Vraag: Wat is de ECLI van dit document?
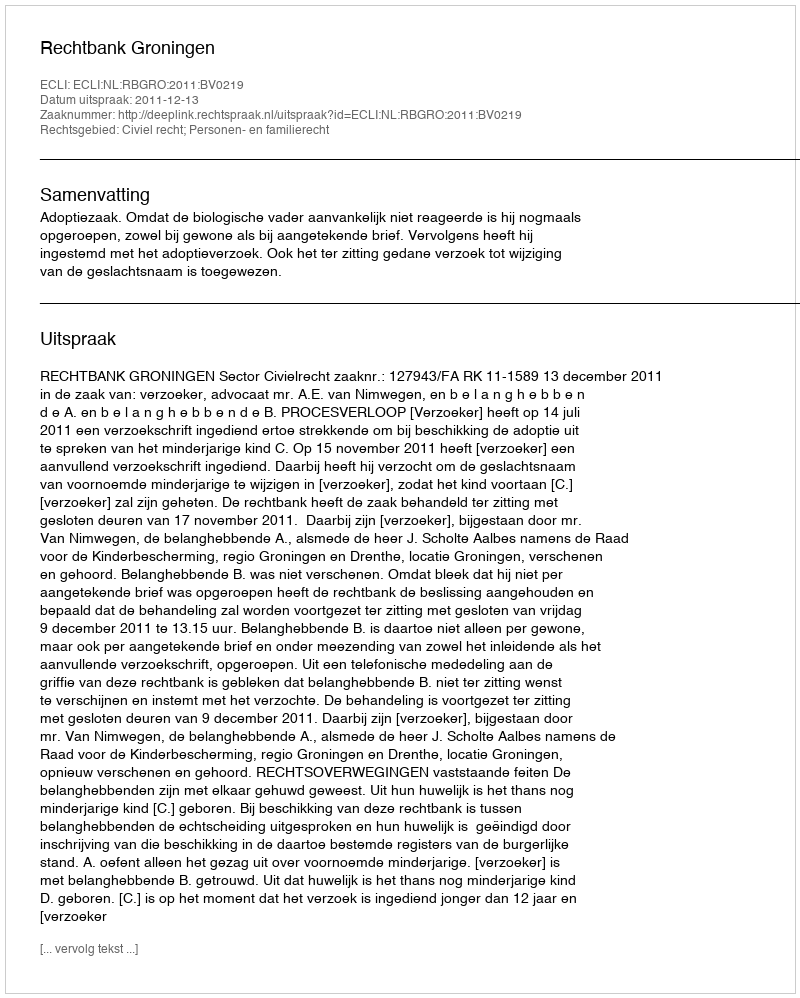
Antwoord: ECLI:NL:RBGRO:2011:BV0219